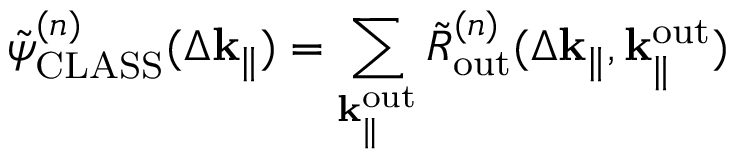
\Tilde { \psi } _ { \mathrm { C L A S S } } ^ { ( n ) } ( \Delta \mathbf { k } _ { \parallel } ) = \sum _ { \mathbf { k } _ { \parallel } ^ { \mathrm { o u t } } } \Tilde { R } _ { \mathrm { o u t } } ^ { ( n ) } ( \Delta \mathbf { k } _ { \parallel } , \mathbf { k } _ { \parallel } ^ { \mathrm { o u t } } )